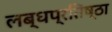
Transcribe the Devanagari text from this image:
लब्धप्रतिष्ठा